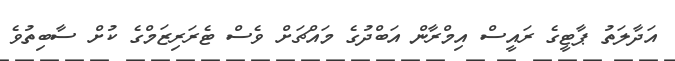
އަދާލަތު ޕާޓީގެ ރައީސް އިމްރާން އަބްދުގެ މައްޗަށް ވެސް ޓެރަރިޒަމްގެ ކުށް ސާބިތުވެ